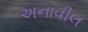
અનાવીલ